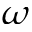
\omega